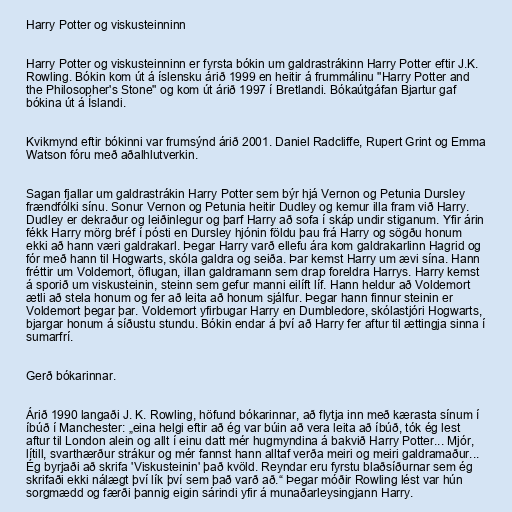
Harry Potter og viskusteinninn

Harry Potter og viskusteinninn er fyrsta bókin um galdrastrákinn Harry Potter eftir J.K.
Rowling. Bókin kom út á íslensku árið 1999 en heitir á frummálinu "Harry Potter and
the Philosopher's Stone" og kom út árið 1997 í Bretlandi. Bókaútgáfan Bjartur gaf
bókina út á Íslandi.

Kvikmynd eftir bókinni var frumsýnd árið 2001. Daniel Radcliffe, Rupert Grint og Emma
Watson fóru með aðalhlutverkin.

Sagan fjallar um galdrastrákin Harry Potter sem býr hjá Vernon og Petunia Dursley
frændfólki sínu. Sonur Vernon og Petunia heitir Dudley og kemur illa fram við Harry.
Dudley er dekraður og leiðinlegur og þarf Harry að sofa í skáp undir stiganum. Yfir árin
fékk Harry mörg bréf í pósti en Dursley hjónin földu þau frá Harry og sögðu honum
ekki að hann væri galdrakarl. Þegar Harry varð ellefu ára kom galdrakarlinn Hagrid og
fór með hann til Hogwarts, skóla galdra og seiða. Þar kemst Harry um ævi sína. Hann
fréttir um Voldemort, öflugan, illan galdramann sem drap foreldra Harrys. Harry kemst
á sporið um viskusteinin, steinn sem gefur manni eilíft líf. Hann heldur að Voldemort
ætli að stela honum og fer að leita að honum sjálfur. Þegar hann finnur steinin er
Voldemort þegar þar. Voldemort yfirbugar Harry en Dumbledore, skólastjóri Hogwarts,
bjargar honum á síðustu stundu. Bókin endar á því að Harry fer aftur til ættingja sinna í
sumarfrí.

Gerð bókarinnar.

Árið 1990 langaði J. K. Rowling, höfund bókarinnar, að flytja inn með kærasta sínum í
íbúð í Manchester: „eina helgi eftir að ég var búin að vera leita að íbúð, tók ég lest
aftur til London alein og allt í einu datt mér hugmyndina á bakvið Harry Potter... Mjór,
lítill, svarthærður strákur og mér fannst hann alltaf verða meiri og meiri galdramaður...
Ég byrjaði að skrifa 'Viskusteinin' það kvöld. Reyndar eru fyrstu blaðsíðurnar sem ég
skrifaði ekki nálægt því lík því sem það varð að.“ Þegar móðir Rowling lést var hún
sorgmædd og færði þannig eigin sárindi yfir á munaðarleysingjann Harry.